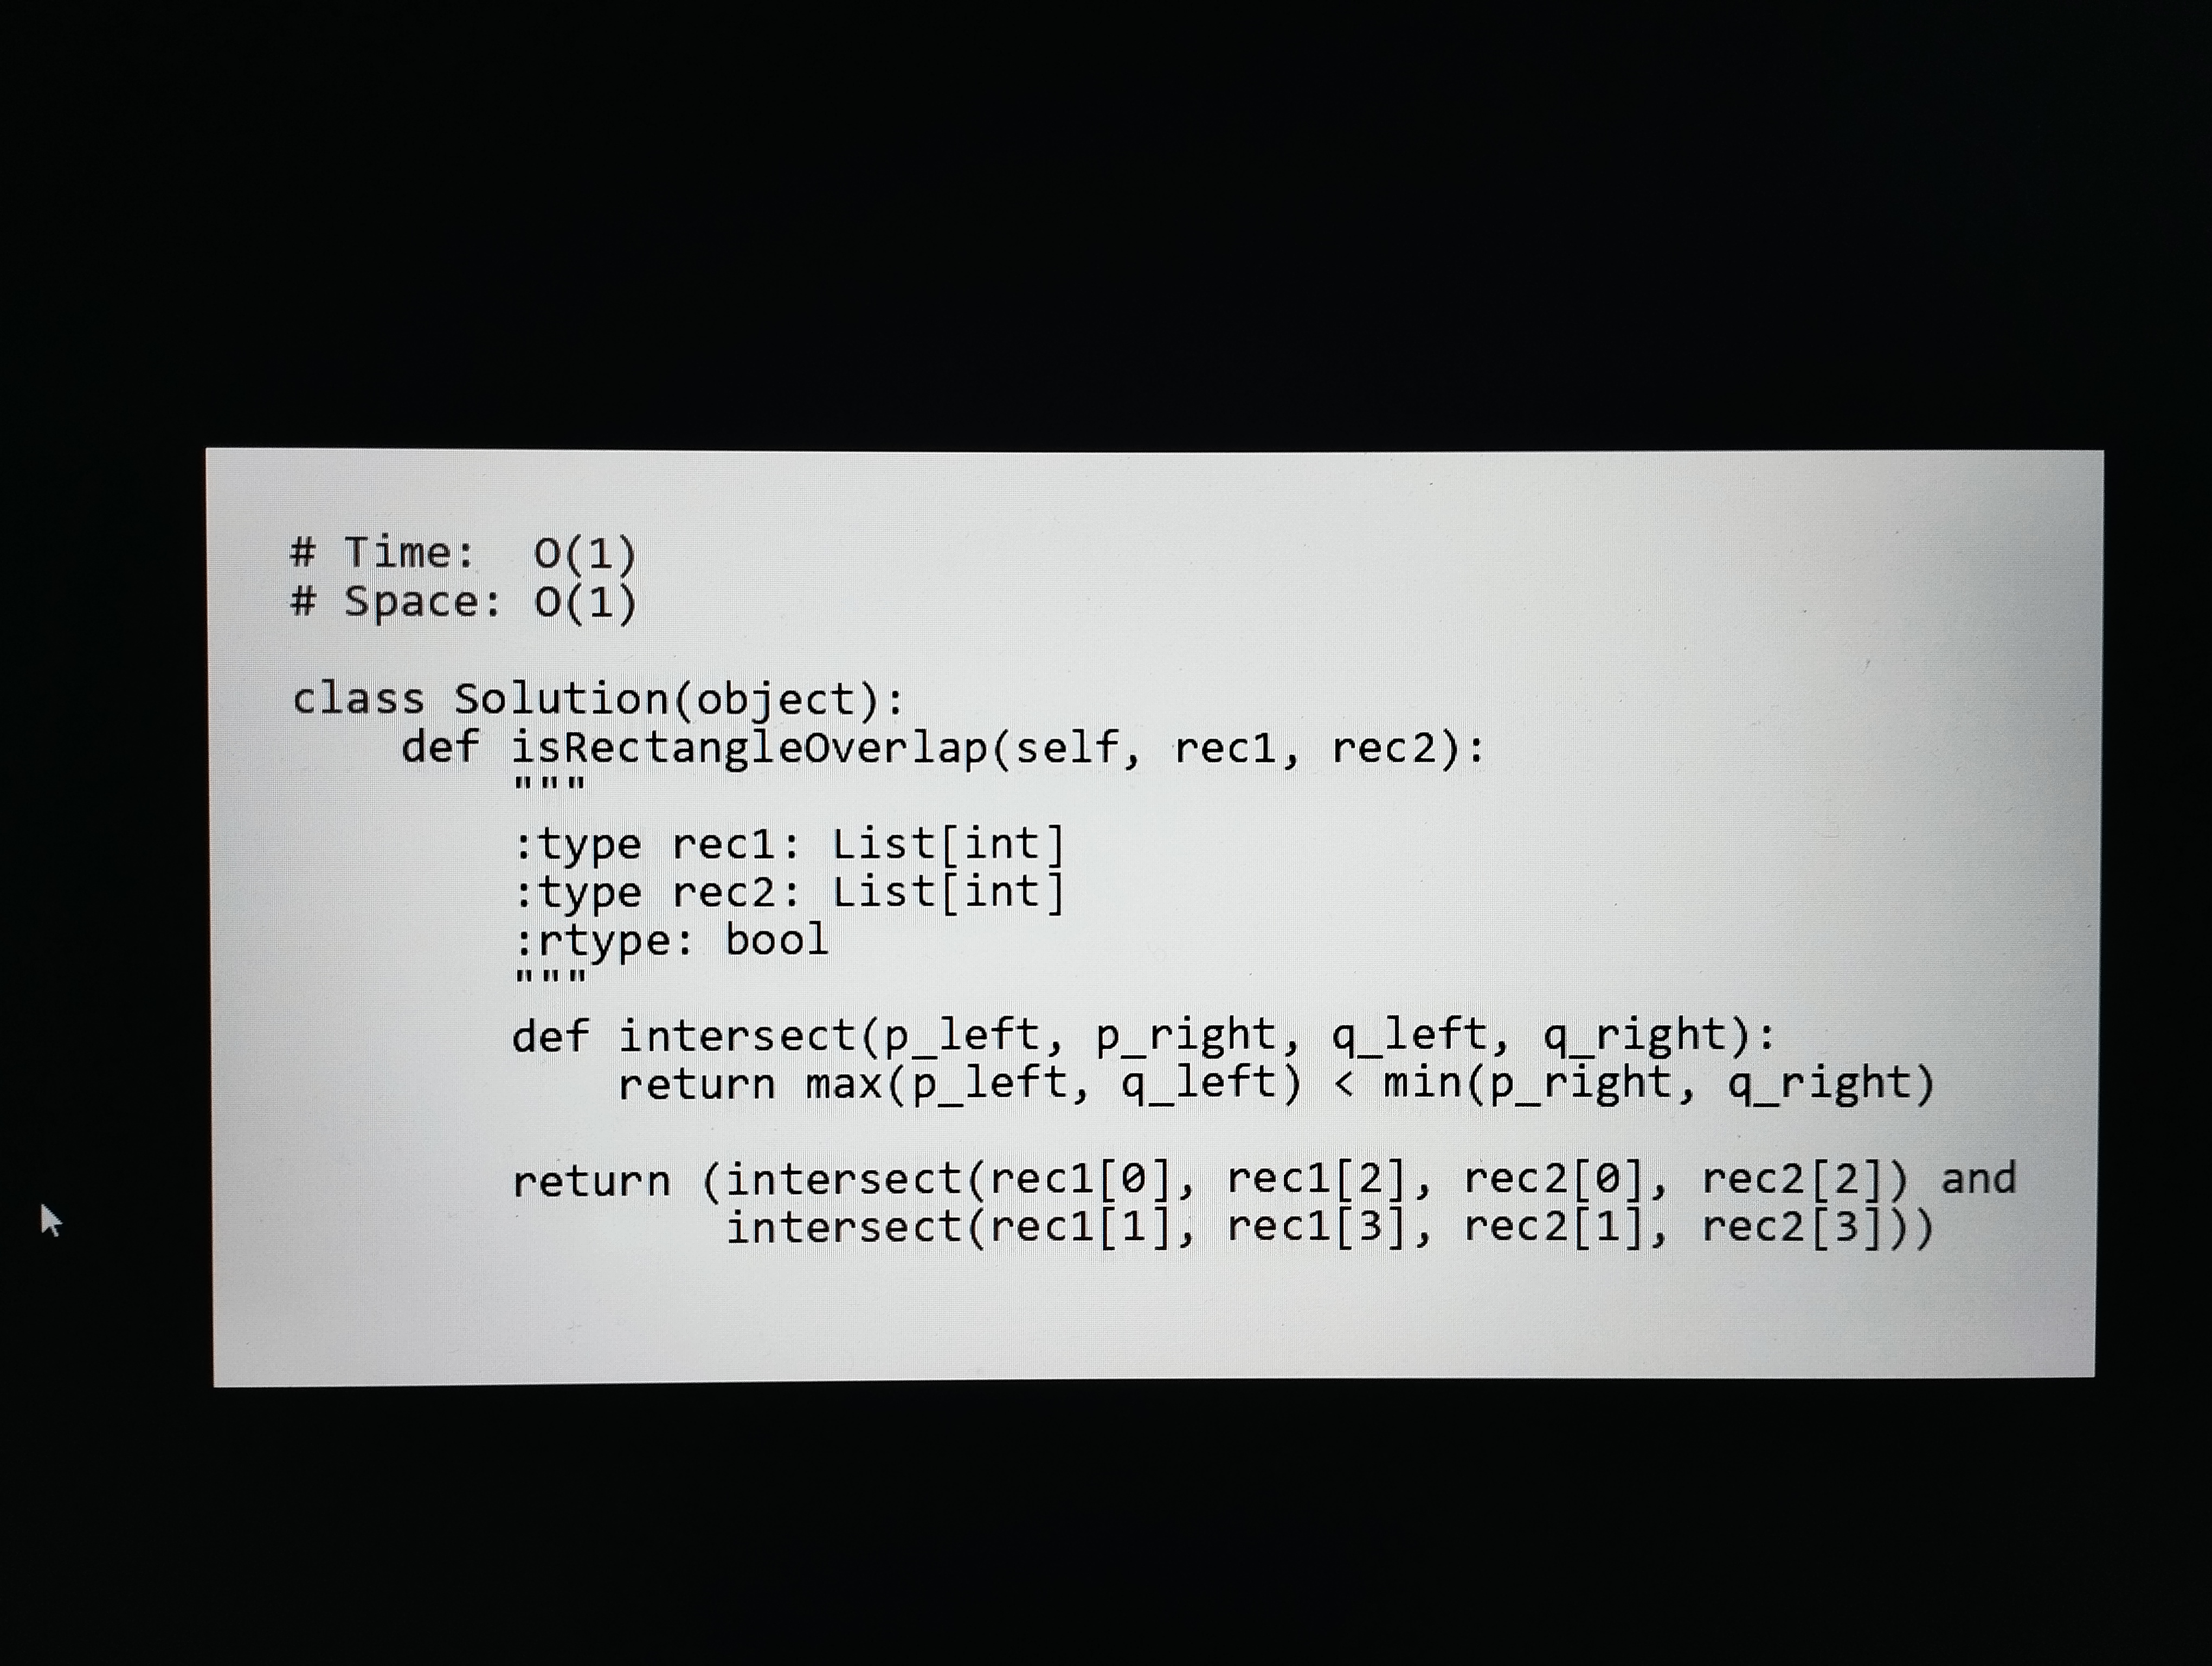
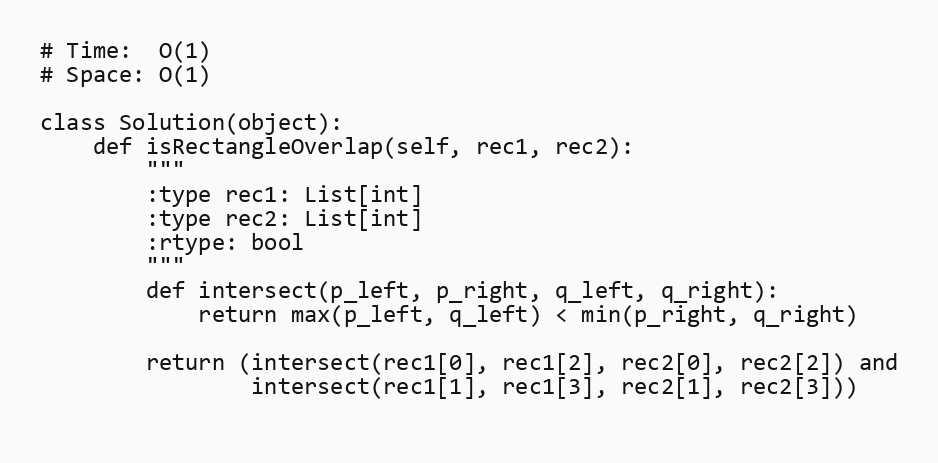
# Time:  O(1)
# Space: O(1)

class Solution(object):
    def isRectangleOverlap(self, rec1, rec2):
        """
        :type rec1: List[int]
        :type rec2: List[int]
        :rtype: bool
        """
        def intersect(p_left, p_right, q_left, q_right):
            return max(p_left, q_left) < min(p_right, q_right)

        return (intersect(rec1[0], rec1[2], rec2[0], rec2[2]) and
                intersect(rec1[1], rec1[3], rec2[1], rec2[3]))